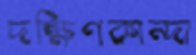
দক্ষিণকান্দা